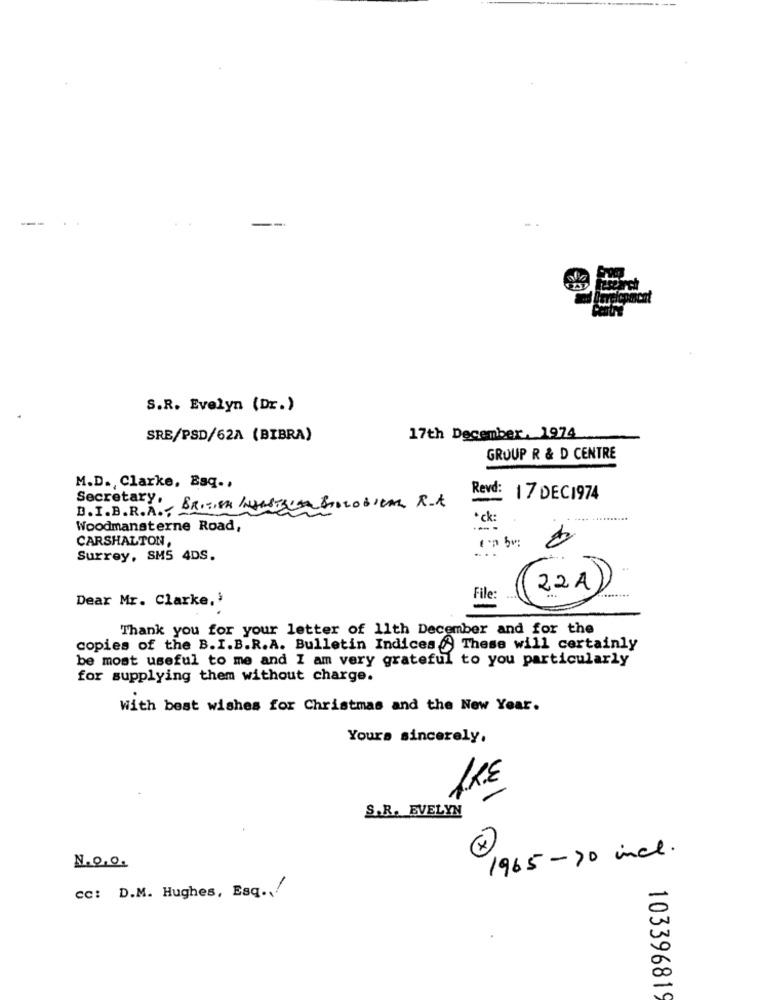
S.R. Evelyn (Dr.)
SRE/PSD/62A (BIBRA)
17th December, 1974
GROUP R & D CENTRE
M.D. Clarke, Baq .,
Revd: 17 DEC1974
Secretary, BRITISH /UNSTRUTA BIOLOGICAL R.A
D.I.B.R.A.
*ck:
Woodmansterne Road,
CARSHALTON,
In bu:
Surrey, SMS 4DS.
22A
........
Dear Mr. Clarke,'
File:
Thank you for your letter of 11th December and for the
copies of the B.I.B.R.A. Bulletin Indices. These will certainly
be most useful to me and I am very grateful to you particularly
for supplying them without charge.
With best wishes for Christmas and the New Year.
Yours sincerely,
1KE
S.R. EVELYN
1965-70 incl.
N.O.0.
cc: D.M. Hughes, Esq ..!
10339681